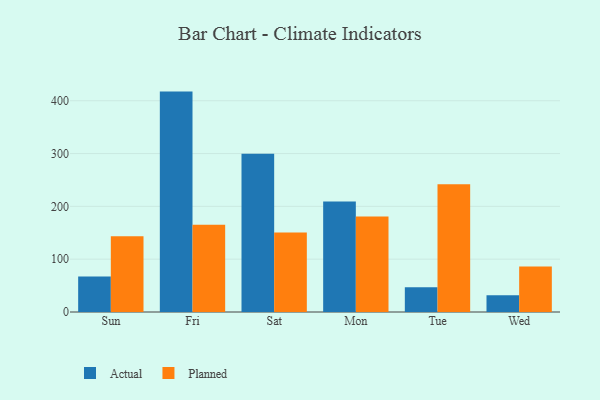
{"axis": {"x": "Day", "y": "Satisfaction Score"}, "legend": ["Actual", "Planned"], "data": [{"x": "Sun", "y": 67.3, "type": "Actual"}, {"x": "Sun", "y": 143.3, "type": "Planned"}, {"x": "Fri", "y": 417.3, "type": "Actual"}, {"x": "Fri", "y": 165.2, "type": "Planned"}, {"x": "Sat", "y": 299.6, "type": "Actual"}, {"x": "Sat", "y": 150.3, "type": "Planned"}, {"x": "Mon", "y": 209.1, "type": "Actual"}, {"x": "Mon", "y": 180.9, "type": "Planned"}, {"x": "Tue", "y": 46.7, "type": "Actual"}, {"x": "Tue", "y": 241.8, "type": "Planned"}, {"x": "Wed", "y": 31.6, "type": "Actual"}, {"x": "Wed", "y": 86.1, "type": "Planned"}]}